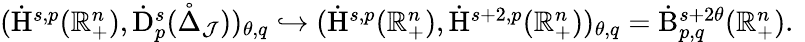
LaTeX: \begin{array}{r}{(\dot{\mathrm{H}}^{s,p}(\mathbb{R}_{+}^{n}),\dot{\mathrm{D}}_{p}^{s}(\mathring{\Delta}_{\mathcal{J}}))_{\theta,q}\hookrightarrow(\dot{\mathrm{H}}^{s,p}(\mathbb{R}_{+}^{n}),\dot{\mathrm{H}}^{s+2,p}(\mathbb{R}_{+}^{n}))_{\theta,q}=\dot{\mathrm{B}}_{p,q}^{s+2\theta}(\mathbb{R}_{+}^{n})\mathrm{.~}}\end{array}